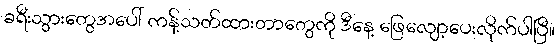
ခရီးသွားတွေအပေါ် ကန့်သတ်ထားတာတွေကို ဒီနေ့ ဖြေလျော့ပေးလိုက်ပါပြီ။